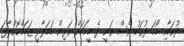
ދުވަހާއި ހޯމަ ދުވަހު ވެސް ވަނީ ދެ މީހަކަށް ވަޅިން ހަމަލާދީ ޒަހަމްކޮށްލާފަ